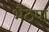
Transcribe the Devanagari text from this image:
भैठण